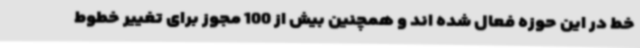
خط در این حوزه فعال شده اند و همچنین بیش از 100 مجوز برای تغییر خطوط